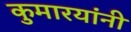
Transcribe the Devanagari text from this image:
कुमारयांनी